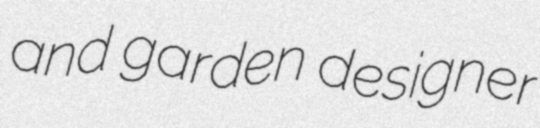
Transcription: and garden designer